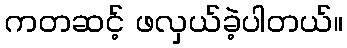
ကတဆင့် ဖလှယ်ခဲ့ပါတယ်။